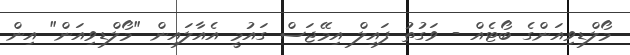
މޯލްޑިވިއަންގެ ބޯޓެއް - ވަގުތު ފައިލް އިމޭޖަސް ގައުމީ އެއާލައިން "މޯލްޑިވިއަން" އިން